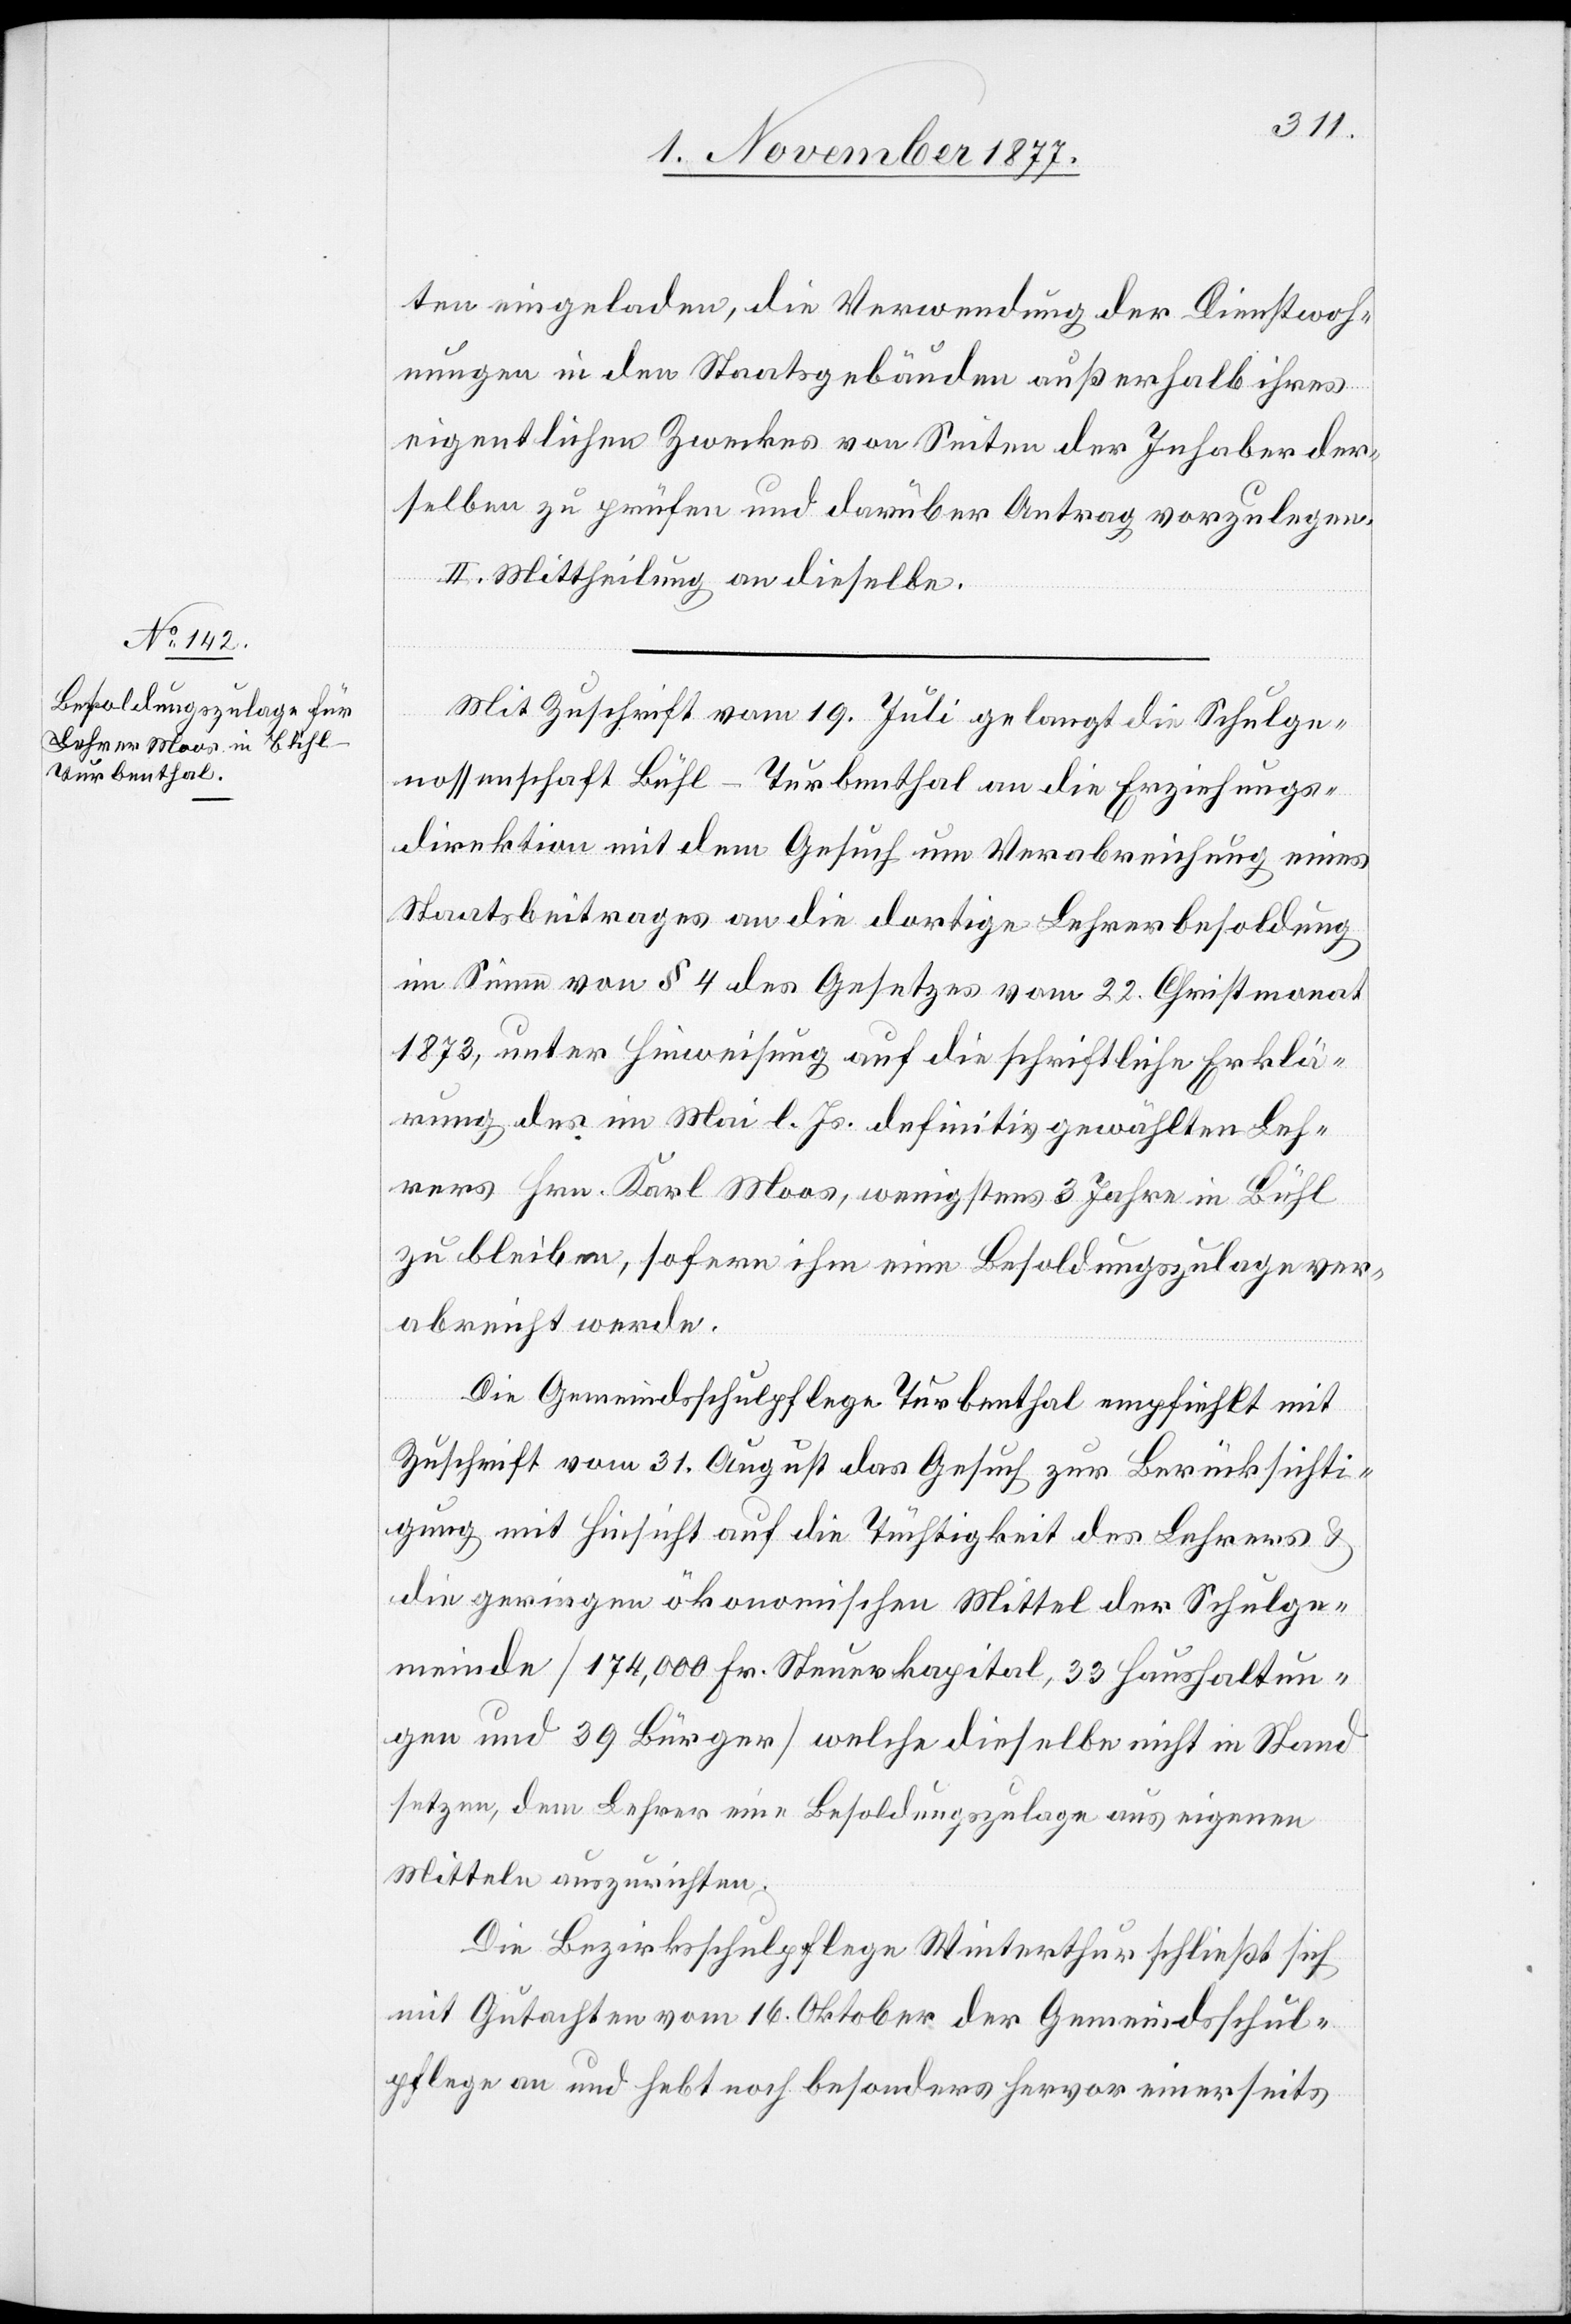
ten eingeladen, die Verwendung der Dienstwoh¬
nungen in den Staatsgebäuden außerhalb ihres
eigentlichen Zweckes von Seiten der Inhaber der¬
selben zu prüfen und darüber Antrag vorzulegen.
2.] Mittheilung an dieselbe.
Mit Zuschrift vom 19. Juli gelangt die Schulge¬
nossenschaft Bühl - Turbenthal an die Erziehungs¬
direktion mit dem Gesuch um Verabreichung eines
Staatsbeitrages an die dortige Lehrerbesoldung
im Sinne von § 4 des Gesetzes vom 22. Christmonat
1873, unter Hinweisung auf die schriftliche Erklä¬
rung des im Mai l. Js. definitiv gewählten Leh¬
rers Hrn. Karl Moos, wenigstens 3 Jahre in Bühl
zu bleiben, sofern ihm eine Besoldungszulage ver¬
abreicht werde.
Die Gemeindsschulpflege Turbenthal empfiehlt mit
Zuschrift vom 31. August das Gesuch zur Berücksichti¬
gung mit Hinsicht auf die Tüchtigkeit des Lehrers &
die geringen ökonomischen Mittel der Schulge¬
meinde [174,000 Fr. Steuerkapital, 33 Haushaltun¬
gen und 39 Bürger] welche dieselbe nicht in Stand
setzen, dem Lehrer eine Besoldungszulage aus eigenen
Mitteln auszurichten.
Die Bezirksschulpflege Winterthur schließt sich
mit Gutachten vom 16. Oktober der Gemeindsschul¬
pflege an und hebt noch besonders hervor einerseits